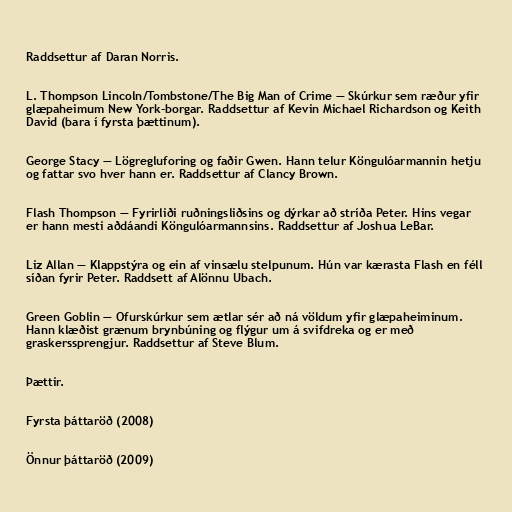
Raddsettur af Daran Norris.

L. Thompson Lincoln/Tombstone/The Big Man of Crime — Skúrkur sem ræður yfir
glæpaheimum New York-borgar. Raddsettur af Kevin Michael Richardson og Keith
David (bara í fyrsta þættinum).

George Stacy — Lögregluforing og faðir Gwen. Hann telur Köngulóarmannin hetju
og fattar svo hver hann er. Raddsettur af Clancy Brown.

Flash Thompson — Fyrirliði ruðningsliðsins og dýrkar að stríða Peter. Hins vegar
er hann mesti aðdáandi Köngulóarmannsins. Raddsettur af Joshua LeBar.

Liz Allan — Klappstýra og ein af vinsælu stelpunum. Hún var kærasta Flash en féll
síðan fyrir Peter. Raddsett af Alönnu Ubach.

Green Goblin — Ofurskúrkur sem ætlar sér að ná völdum yfir glæpaheiminum.
Hann klæðist grænum brynbúning og flýgur um á svifdreka og er með
graskerssprengjur. Raddsettur af Steve Blum.

Þættir.

Fyrsta þáttaröð (2008)

Önnur þáttaröð (2009)